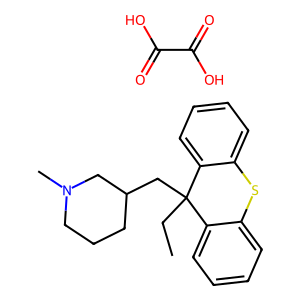
SMILES: CCC1(CC2CCCN(C)C2)c2ccccc2Sc2ccccc21.O=C(O)C(=O)O
Inhibits HIV replication: No